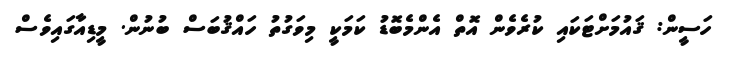
ހަސީން: ޤައުމަށްޓަކައި ކުރެވެން އޮތް އެންމެބޮޑު ކަމަކީ މިވަގުތު ހައްޤުބަސް ބުނުން. މީޑިއާގައިވެސް